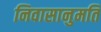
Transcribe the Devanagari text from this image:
निवासानुमति